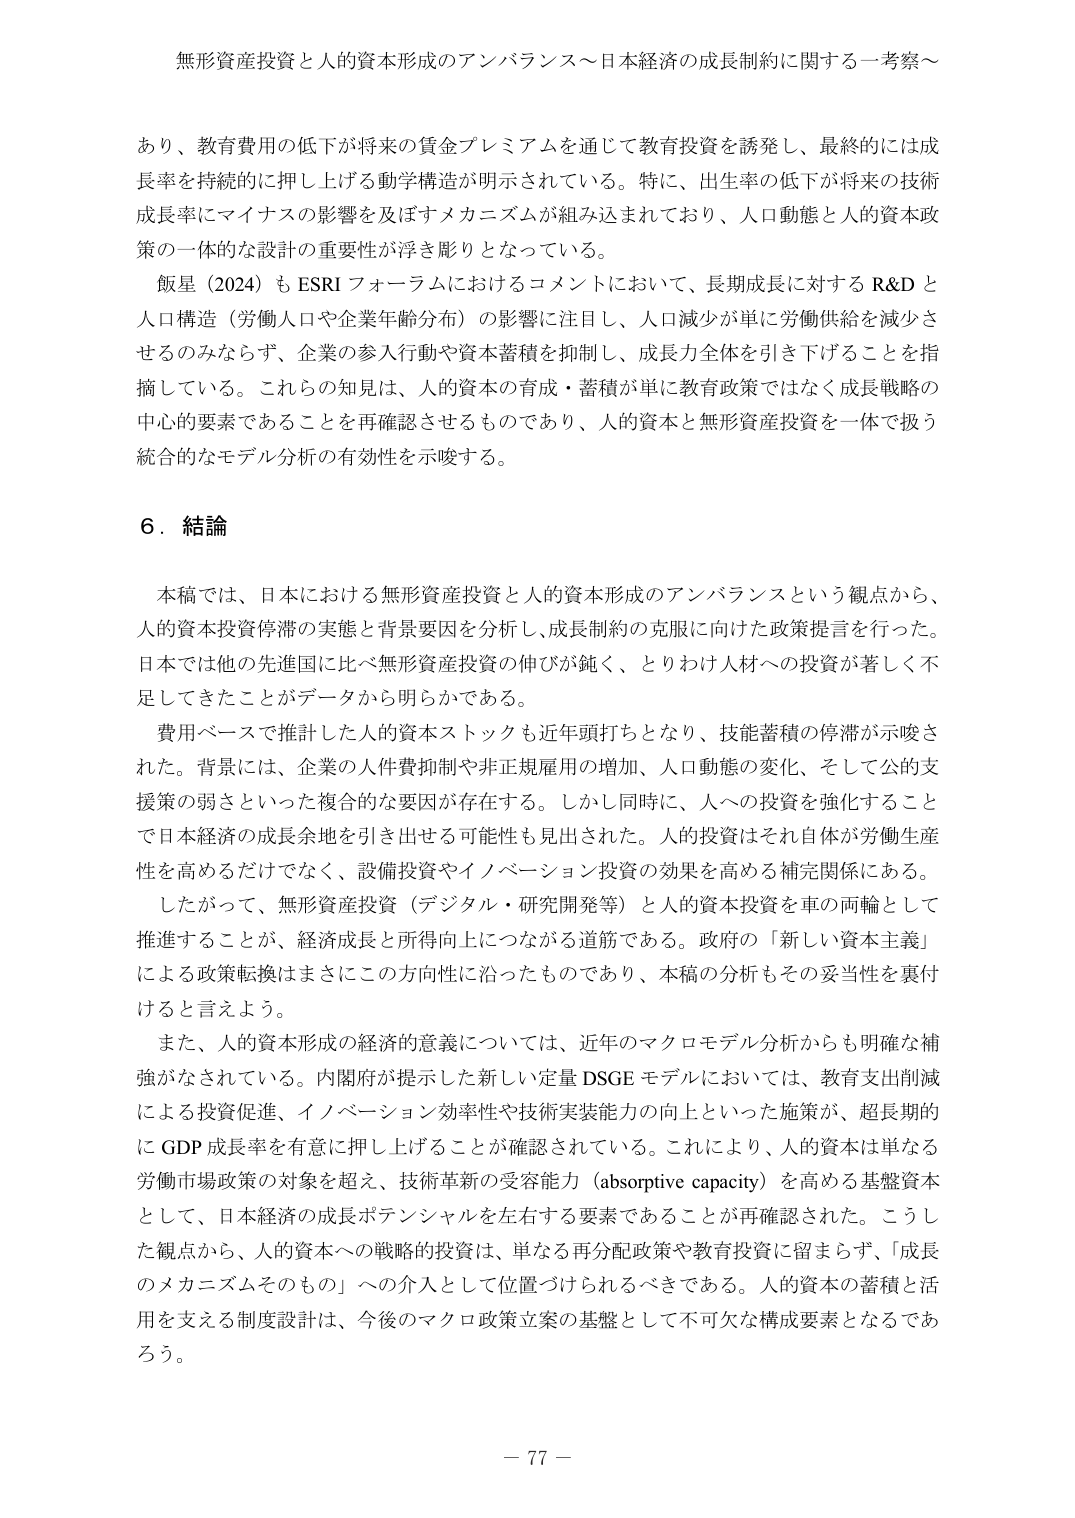
無形資産投資と人的資本形成のアンバランス～日本経済の成長制約に関する一考察～

あり、教育費用の低下が将来の賃金プレミアムを通じて教育投資を誘発し、最終的には成長率を持続的に押し上げる動学構造が明示されている。特に、出生率の低下が将来の技術成長率にマイナスの影響を及ぼすメカニズムが組み込まれており、人口動態と人的資本政策の一体的な設計の重要性が浮き彫りとなっている。

飯星（2024）もESRIフォーラムにおけるコメントにおいて、長期成長に対するR&Dと人口構造（労働人口や企業年齢分布）の影響に注目し、人口減少が単に労働供給を減少させるのみならず、企業の参入行動や資本蓄積を抑制し、成長力全体を引き下げることを指摘している。これらの知見は、人的資本の育成・蓄積が単に教育政策ではなく成長戦略の中心的要素であることを再確認させるものであり、人的資本と無形資産投資を一体で扱う統合的なモデル分析の有効性を示唆する。

６．結論

本稿では、日本における無形資産投資と人的資本形成のアンバランスという観点から、人的資本投資停滞の実態と背景要因を分析し、成長制約の克服に向けた政策提言を行った。日本では他の先進国に比べ無形資産投資の伸びが鈍く、とりわけ人材への投資が著しく不足してきたことがデータから明らかである。

費用ベースで推計した人的資本ストックも近年頭打ちとなり、技能蓄積の停滞が示唆された。背景には、企業の人件費抑制や非正規雇用の増加、人口動態の変化、そして公的支援策の弱さといった複合的な要因が存在する。しかし同時に、人への投資を強化することで日本経済の成長余地を引き出せる可能性も見出された。人的投資はそれ自体が労働生産性を高めるだけでなく、設備投資やイノベーション投資の効果を高める補完関係にある。

したがって、無形資産投資（デジタル・研究開発等）と人的資本投資を車の両輪として推進することが、経済成長と所得向上につながる道筋である。政府の「新しい資本主義」による政策転換はまさにこの方向性に沿ったものであり、本稿の分析もその妥当性を裏付けると言えよう。

また、人的資本形成の経済的意義については、近年のマクロモデル分析からも明確な補強がなされている。内閣府が提示した新しい定量DSGEモデルにおいては、教育支出削減による投資促進、イノベーション効率性や技術実装能力の向上といった施策が、超長期的にGDP成長率を有意に押し上げることが確認されている。これにより、人的資本は単なる労働市場政策の対象を超え、技術革新の受容能力（absorptive capacity）を高める基盤資本として、日本経済の成長ポテンシャルを左右する要素であることが再確認された。こうした観点から、人的資本への戦略的投資は、単なる再分配政策や教育投資に留まらず、「成長のメカニズムそのもの」への介入として位置づけられるべきである。人的資本の蓄積と活用を支える制度設計は、今後のマクロ政策立案の基盤として不可欠な構成要素となるであろう。

－ 77 －